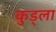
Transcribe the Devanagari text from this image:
कुड्ला